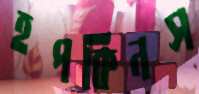
হপকিনস